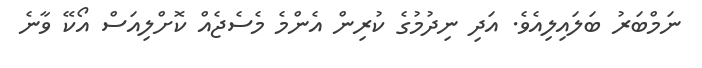
ނަމްބަރު ބަލައިލިއެވެ. އަދި ނިދުމުގެ ކުރިން އެންމެ މެސެޖެއް ކޮށްލިއަސް އޯކޭ ވާނެ